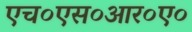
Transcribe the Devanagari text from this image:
एच०एस०आर०ए०